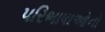
પરિભાષાઓનો